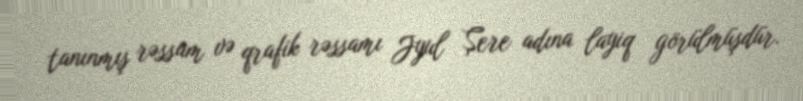
tanınmış rəssam və qrafik rəssamı Jyul Şere adına layiq görülmüşdür.